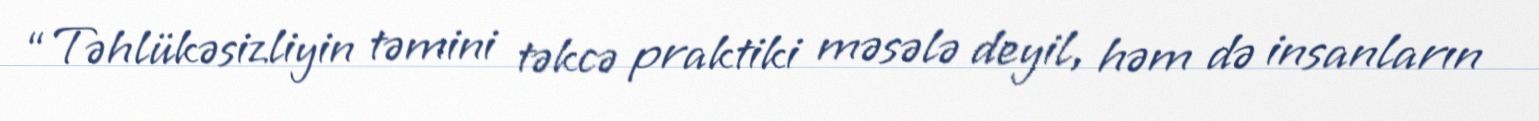
“Təhlükəsizliyin təmini təkcə praktiki məsələ deyil, həm də insanların